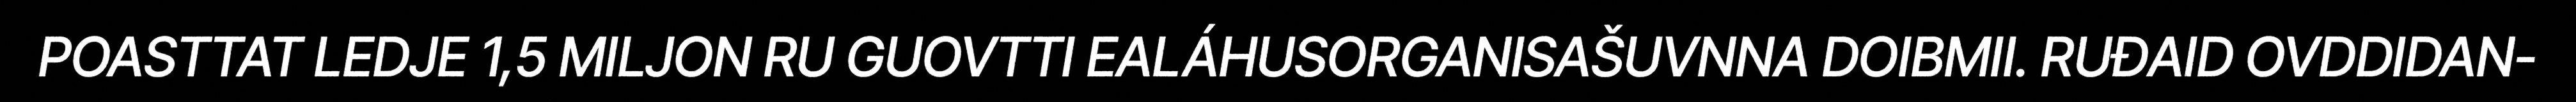
POASTTAT LEDJE 1,5 MILJON RU GUOVTTI EALÁHUSORGANISAŠUVNNA DOIBMII. RUĐAID OVDDIDAN-